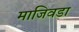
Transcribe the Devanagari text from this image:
माजिवडा